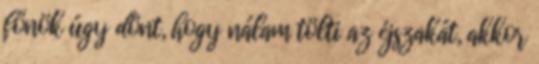
főnök úgy dönt, hogy nálam tölti az éjszakát, akkor